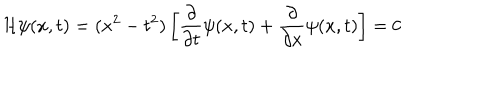
{ \cal H } \psi ( x , t ) = ( x ^ { 2 } - t ^ { 2 } ) \left[ \frac { \partial } { \partial t } \psi ( x , t ) + \frac { \partial } { \partial x } \psi ( x , t ) \right] = 0